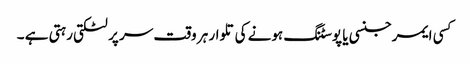
کسی ایمرجنسی یا پوسٹنگ ہونے کی تلوار ہر وقت سر پر لٹکتی رہتی ہے ۔